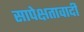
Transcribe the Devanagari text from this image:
सापेक्षतावादी